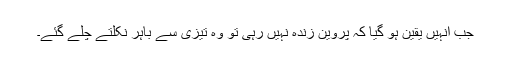
جب انہیں یقین ہو گیا کہ پروین زندہ نہیں رہی تو وہ تیزی سے باہر نکلتے چلے گئے۔